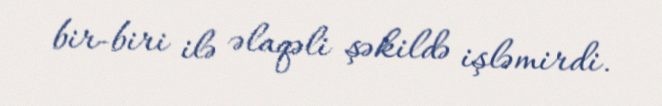
bir-biri ilə əlaqəli şəkildə işləmirdi.